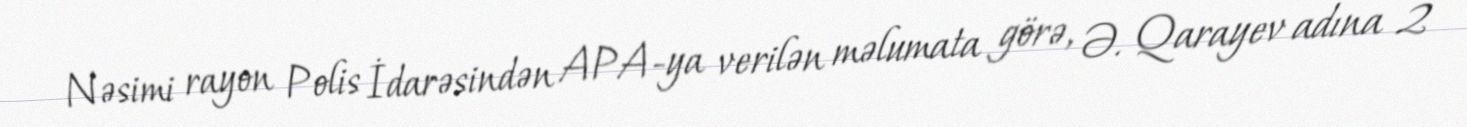
Nəsimi rayon Polis İdarəsindən APA-ya verilən məlumata görə, Ə. Qarayev adına 2